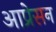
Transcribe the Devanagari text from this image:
आप्रेसन